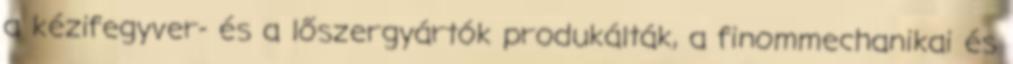
a kézifegyver- és a lőszergyártók produkálták, a finommechanikai és